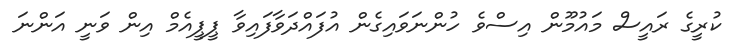
ކުރީގެ ރައީސް މައުމޫން އިސްވެ ހުންނަވައިގެން އުފައްދަވާފައިވާ ޕީޕީއެމް އިން ވަނީ އަންނަ